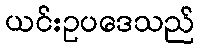
ယင်းဥပဒေသည်